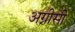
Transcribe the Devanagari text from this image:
अग्नीसी